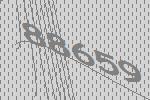
88659